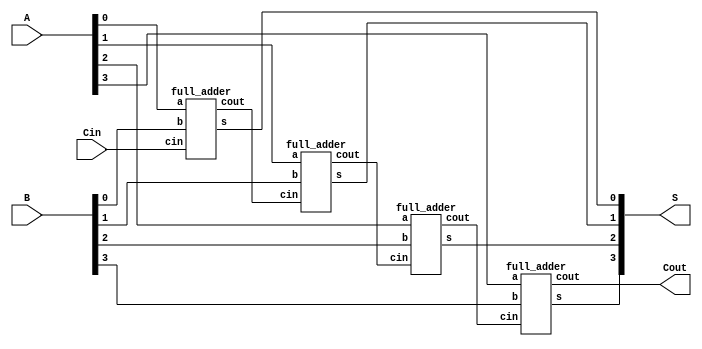
module ADDER (A,B,Cin,S,Cout);
input [3:0]A,B;
input Cin;
output Cout;
output [3:0]S;
wire C1,C2,C3;

full_adder g1(A[0],B[0],Cin,S[0],C1);
full_adder g2(A[1],B[1],C1,S[1],C2);
full_adder g3(A[2],B[2],C2,S[2],C3);
full_adder g4(A[3],B[3],C3,S[3],Cout);

endmodule


module full_adder (a,b,cin,s,cout);
input a,b,cin;
output s,cout;
assign s= (a^b)^cin;
assign cout = (a^b)&cin|(a&b);
endmodule